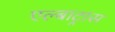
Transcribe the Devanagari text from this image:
एल्बाट्रास